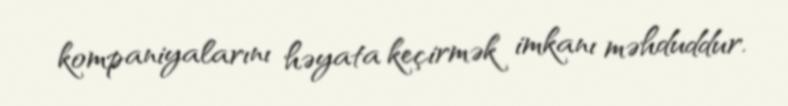
kompaniyalarını həyata keçirmək imkanı məhduddur.